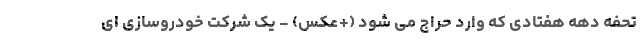
تحفه دهه هفتادی که وارد حراج می شود (+عکس) - یک شرکت خودروسازی ای